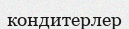
кондитерлер